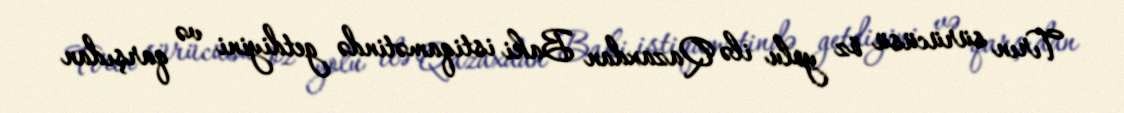
Tırın sürücüsü öz yolu ilə Qazaxdan Baki istiqamətində getdiyini və qarşıdan